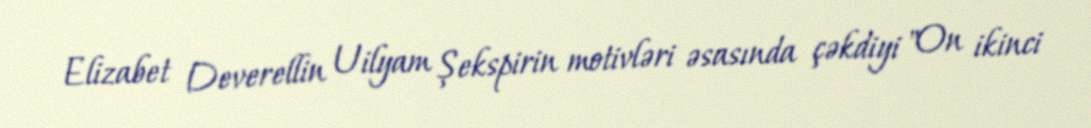
Elizabet Deverellin Uilyam Şekspirin motivləri əsasında çəkdiyi "On ikinci